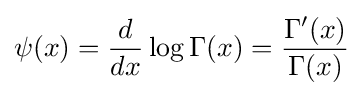
\psi (x)={\frac {d}{dx}}\log \Gamma (x)={\frac {\Gamma '(x)}{\Gamma (x)}}